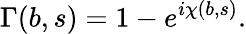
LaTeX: \Gamma(b,s)=1-e^{i\chi(b,s)}.